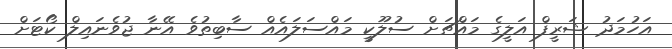
އަހުމަދު ޝަރީފް އަލީގެ މައްޗަށް ސުލޫކީ މައްސަލައެއް ސާބިތުވެ އޭނާ ޖުވެނައިލް ކޯޓަށް